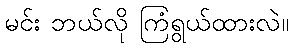
မင်း ဘယ်လို ကြံရွယ်ထားလဲ။